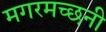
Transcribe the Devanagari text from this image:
मगरमच्छनी